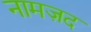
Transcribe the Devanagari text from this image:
नामज़द